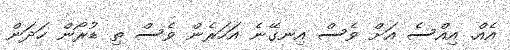
އެއް. އިއްސެ އަށް ވެސް އިނގޭނެ އަހަރެން ވެސް ތި ޑުރޯން ހަދަން